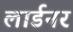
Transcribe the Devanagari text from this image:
लार्डनर